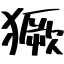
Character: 獗